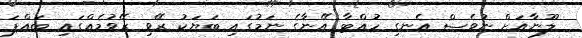
ލޫނާއަށް ނުވެސް އެނގި ހުއްޓާ އޭނާގެ ނަމުގައި ބަޔަކު ރޭވި ރޭވުމެއްގައި ބައްޕަ